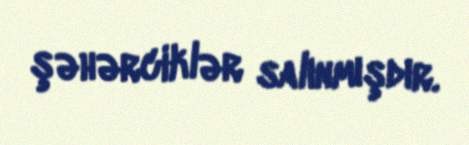
şəhərciklər salınmışdır.